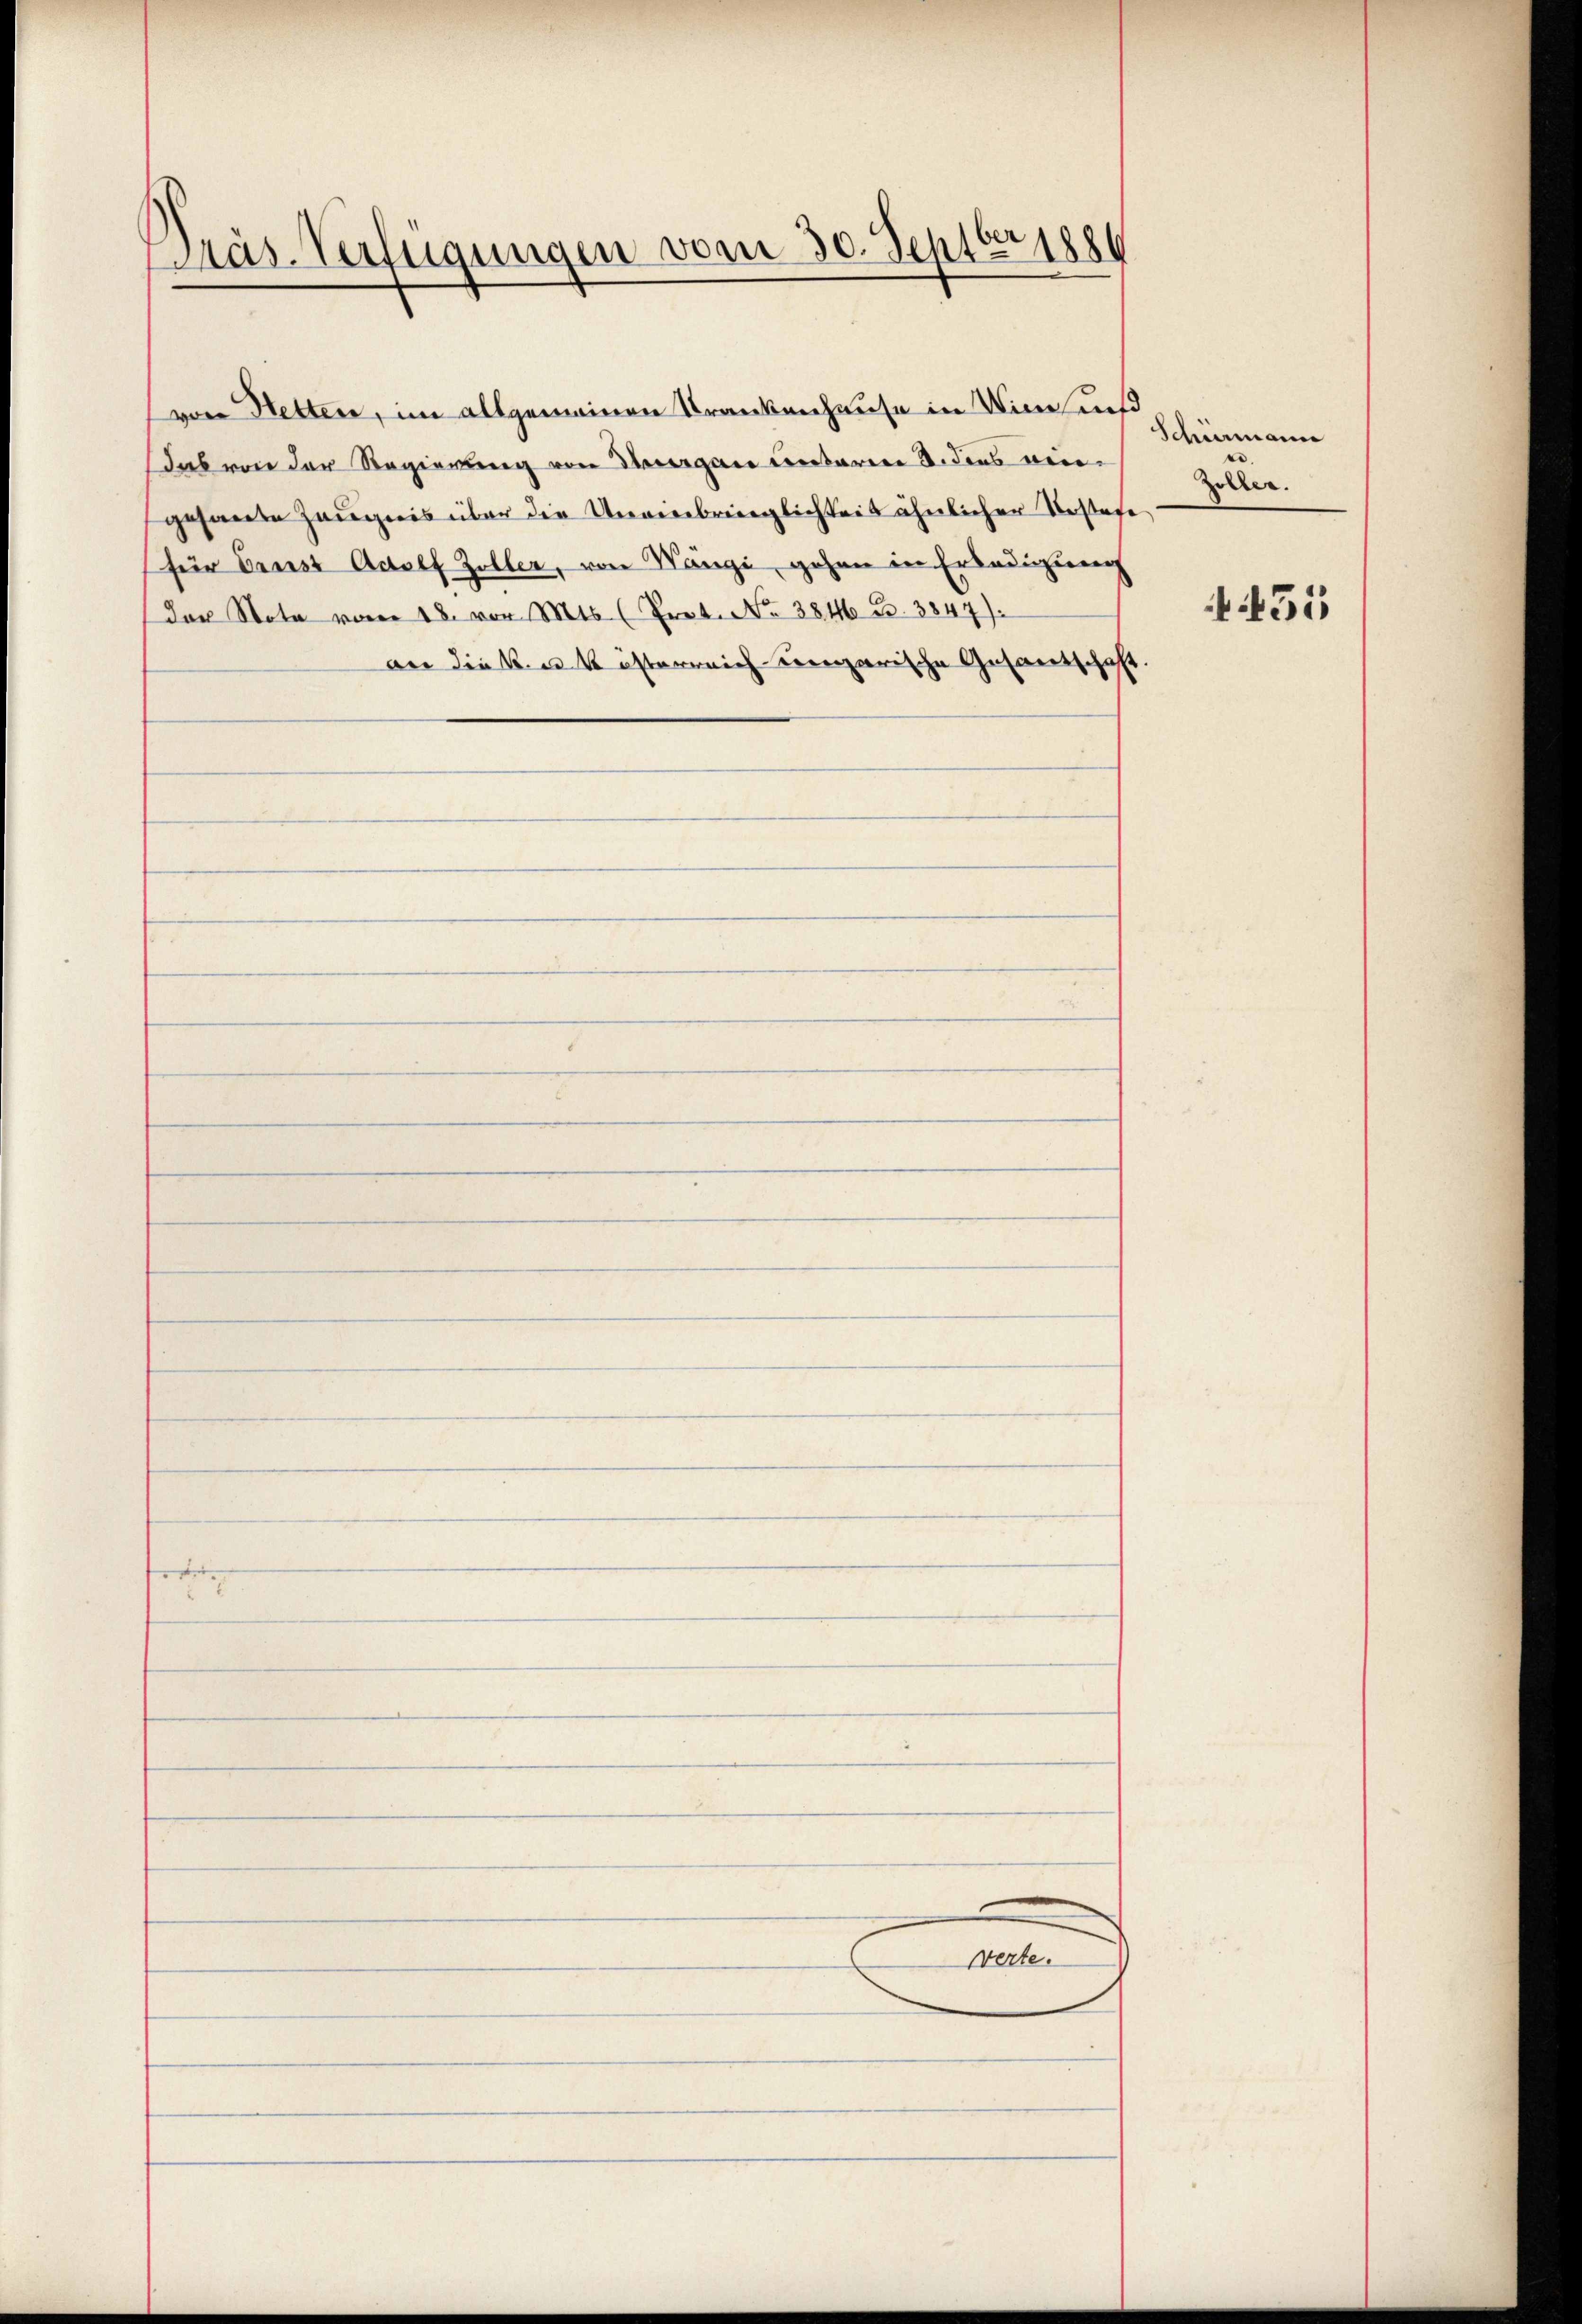
Pras. Verfügungen vom 30. Septbr 1880

von Hetten, im allgemeinen Krankenhause in Vine uns
das von der Regierung von Aargau unteren u. dies vergesamte Zeugnis über die Uneinbringlichkeit ähnlicher Kostet
(für Ernst Adolf Zöller, von Wange, gehen in Erledigung
Der Nota vom 18. vor. Mts. (Prot. No 384 u. 3847)
an die k. u. k. österreich ungarische Gesandschaf

d

Werte.

Schömann
Zöller.
e

f. 451